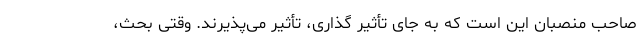
صاحب منصبان این است که به جای تأثیر گذاری، تأثیر می‌پذیرند. وقتی بحث،